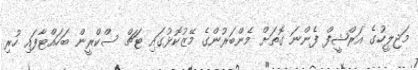
މަޖިލީހުގެ އަރްޝީފް ފެންނަ ގޮތަށް މެންބަރުންގެ މޭޒުކޮޅުގައި ޓަޗް ސްކްރީން ބަހައްޓާފައި ހުރި